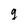
Character: g